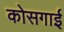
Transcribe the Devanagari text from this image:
कोसगाई